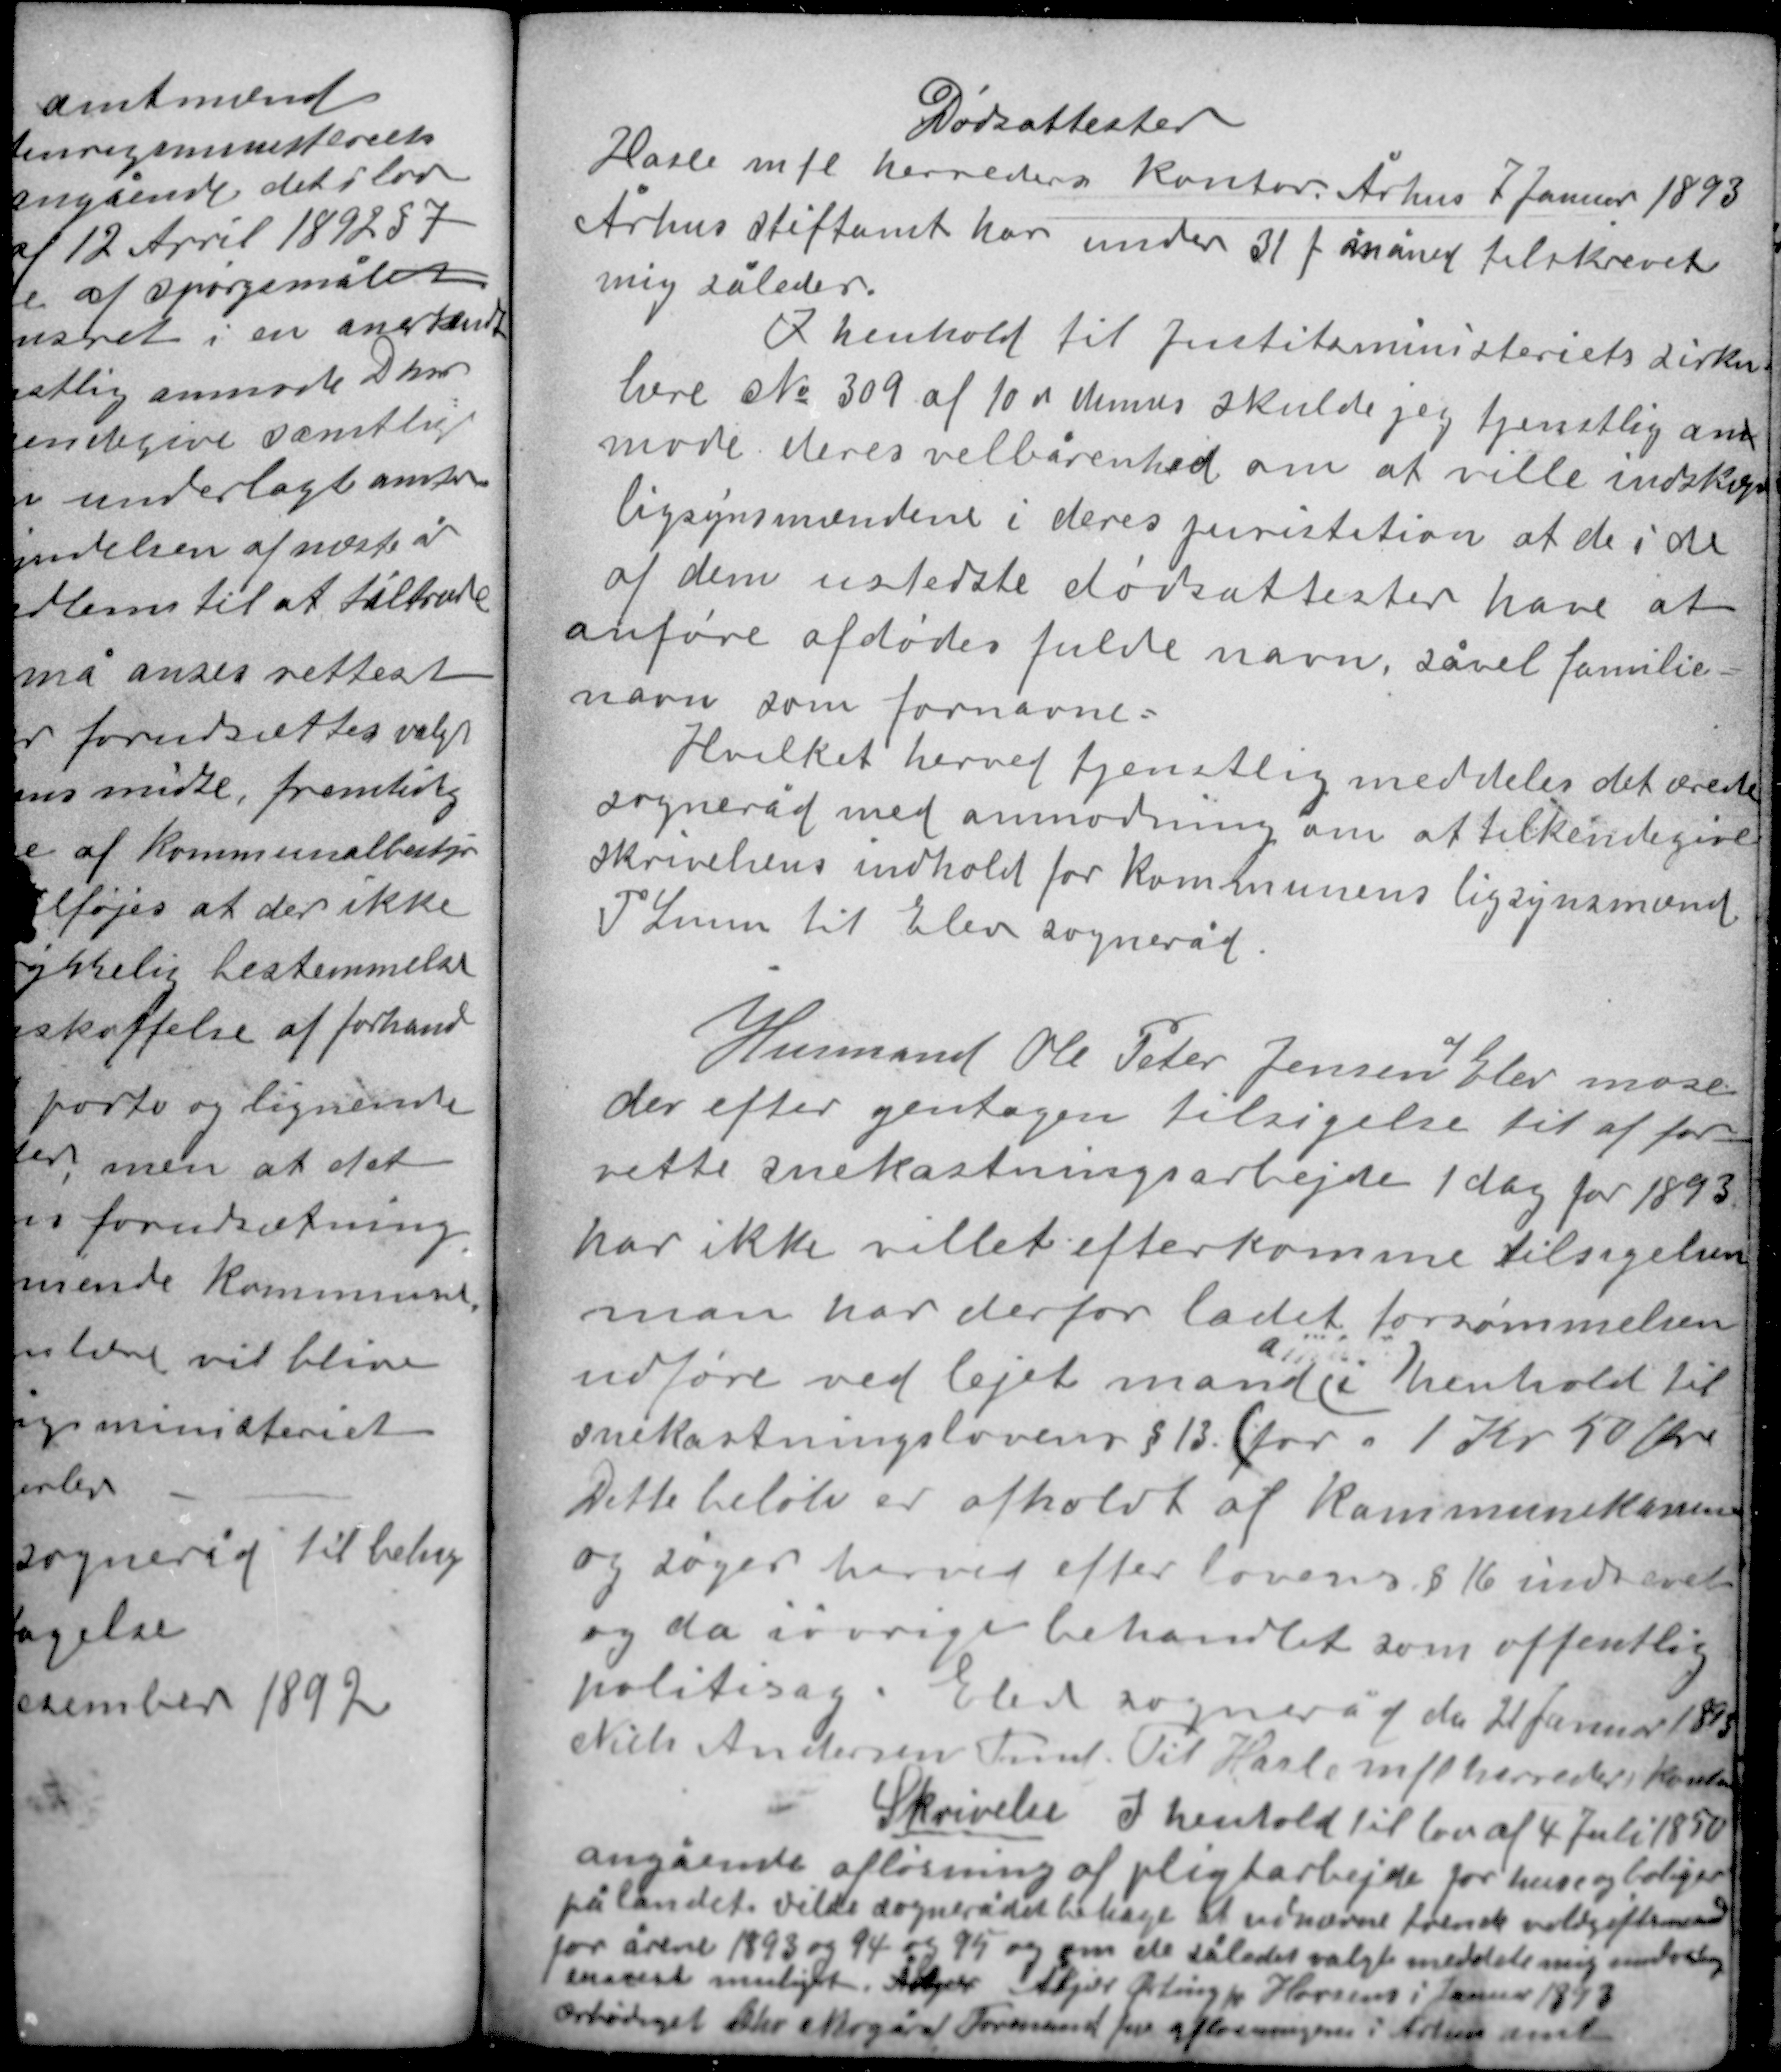
Transskription:
Dødsattester
Hasle m fl herreders kontor Århus 7 Januar 1893
Århus stiftamt har under 31 f måned tilskrevet
mig således.
I henhold til Justitsministeriets cirku-
lære No 309 af 10 de dennes skulde jeg tjenstlig an-
mode deres velbårenhed om at ville indskærpe
ligsynsmændene i deres juristition at de i de
af dem ustedte dødsattester have at
anføre afdødes fulde navn, såvel familie-
navn som fornavne.
Hvilket herved tjenstlig meddeles det ærede
sogneråd med anmodning om at tilkendegive
skrivelsens indhold for kommunens ligsynsmænd
P Lunn til Elev sogneråd

af
Husmand Ole Peter Jensen Elev mose
der efter gentagen tilsigelse til at for-
rette snekastningsarbejde 1 dag for 1893
har ikke villet efterkomme tilsigelsen
man har derfor ladet forsømmelsen
udføre ved lejet mand i henhold til
snekastningslovens § 13 (for 1 Kr 50 Øre
Dette beløb er afholdt af kommunekassen
og søges herved efter lovens § 16 indrevet
og da iøvrigt behandlet som offentlig
politisag. Elev sogneråd den 21 Januar 1893
Niels Andersen Fmd Til Hasle mfl herreders kontor

Skrivelse I henhold til lov af 4 Juli 1850
angående afløsning af pligtarbeje for huse og boliger
på landet vilde sognerådet behage at udnævne tvende voldgiftsmænd
for årene 1893 og 94 og 95 og om de således valgte meddele mig undxx
snarest muligt. Åkjær Åkjær Ørting pr Horsens i Januar 1893
Ærbødigst Chr Nørgård Formand for afløsningen i Århus amt